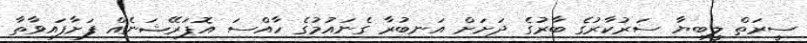
ސީރަތް ލީބިޔާ ސަރުކާރުގެ ބާރުގެ ދަށަށް އަނބުރާ ގެނައުމުގެ ހާއްސަ އޮޕަރޭޝަނެއް ފަށާފައިވާތާ